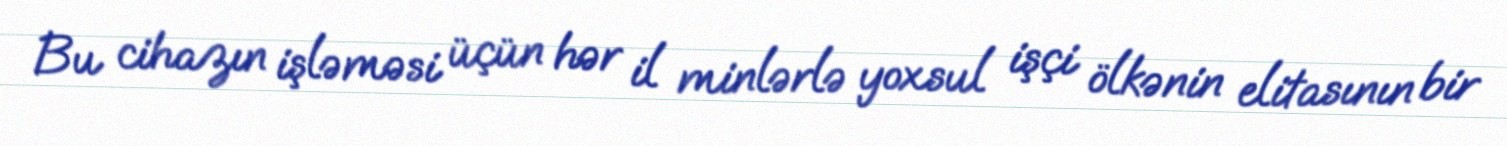
Bu cihazın işləməsi üçün hər il minlərlə yoxsul işçi ölkənin elitasının bir